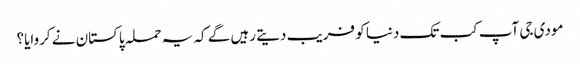
مودی جی آپ کب تک دنیا کو فریب دیتے رہیں گے کہ یہ حملہ پاکستان نے کروایا؟